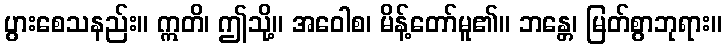
ပွားစေသနည်း။ ဣတိ၊ ဤသို့။ အဝေါစ၊ မိန့်တော်မူ၏။ ဘန္တေ၊ မြတ်စွာဘုရား။